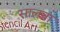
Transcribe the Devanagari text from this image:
सालना